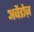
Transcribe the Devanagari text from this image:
अबैडोज़